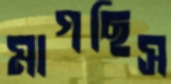
মাগছিস